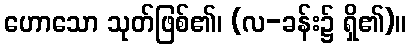
ဟောသော သုတ်ဖြစ်၏၊ (လ-ခန်း၌ ရှိ၏)။